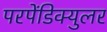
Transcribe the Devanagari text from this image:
परपेंडिक्युलर